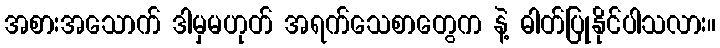
အစားအသောက် ဒါမှမဟုတ် အရက်သေစာတွေက နဲ့ ဓါတ်ပြုနိုင်ပါသလား။